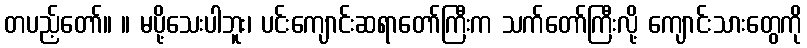
တပည့်တော်။ ။ မပို့သေးပါဘူး၊ ပင်းကျောင်းဆရာတော်ကြီးက သက်တော်ကြီးလို့ ကျောင်းသားတွေကို